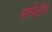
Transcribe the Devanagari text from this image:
मार्मेलोस